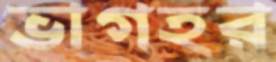
ভাগহর